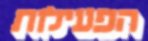
הפעילות